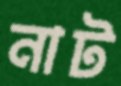
নাট